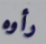
رأوه